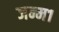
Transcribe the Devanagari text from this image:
जन्म१